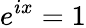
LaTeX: e^{ix}=1